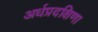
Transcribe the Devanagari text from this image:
अर्धप्रदक्षिणा